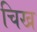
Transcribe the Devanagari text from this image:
चिख